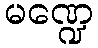
မဏ္ဍေ